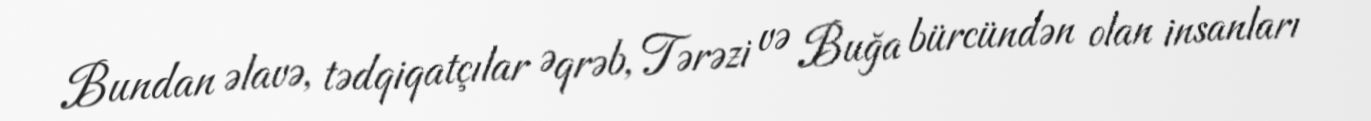
Bundan əlavə, tədqiqatçılar Əqrəb, Tərəzi və Buğa bürcündən olan insanları